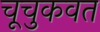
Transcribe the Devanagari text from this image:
चूचुकवत